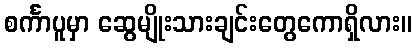
စင်္ကာပူမှာ ဆွေမျိုးသားချင်းတွေကောရှိလား။